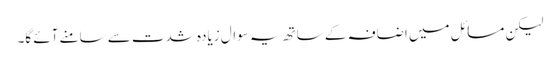
لیکن مسائل میں اضافہ کے ساتھ یہ سوال زیادہ شدت سے سامنے آئے گا۔